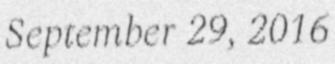
September 29, 2016